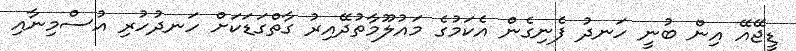
ޑީޖޭއޭ އިން ބުނީ ހަނދު ފެނިގެން އެކަމުގެ މައުލޫމާތުދޭއިރު ގާތްގަޑަކަށް ހަނދުހުރި އުސްމިނާއި